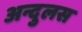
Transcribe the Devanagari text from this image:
अन्दुलस